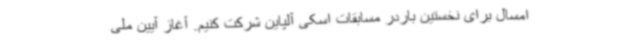
امسال برای نخستین باردر مسابقات اسکی آلپاین شرکت کنیم. آغاز آیین ملی